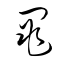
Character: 黽